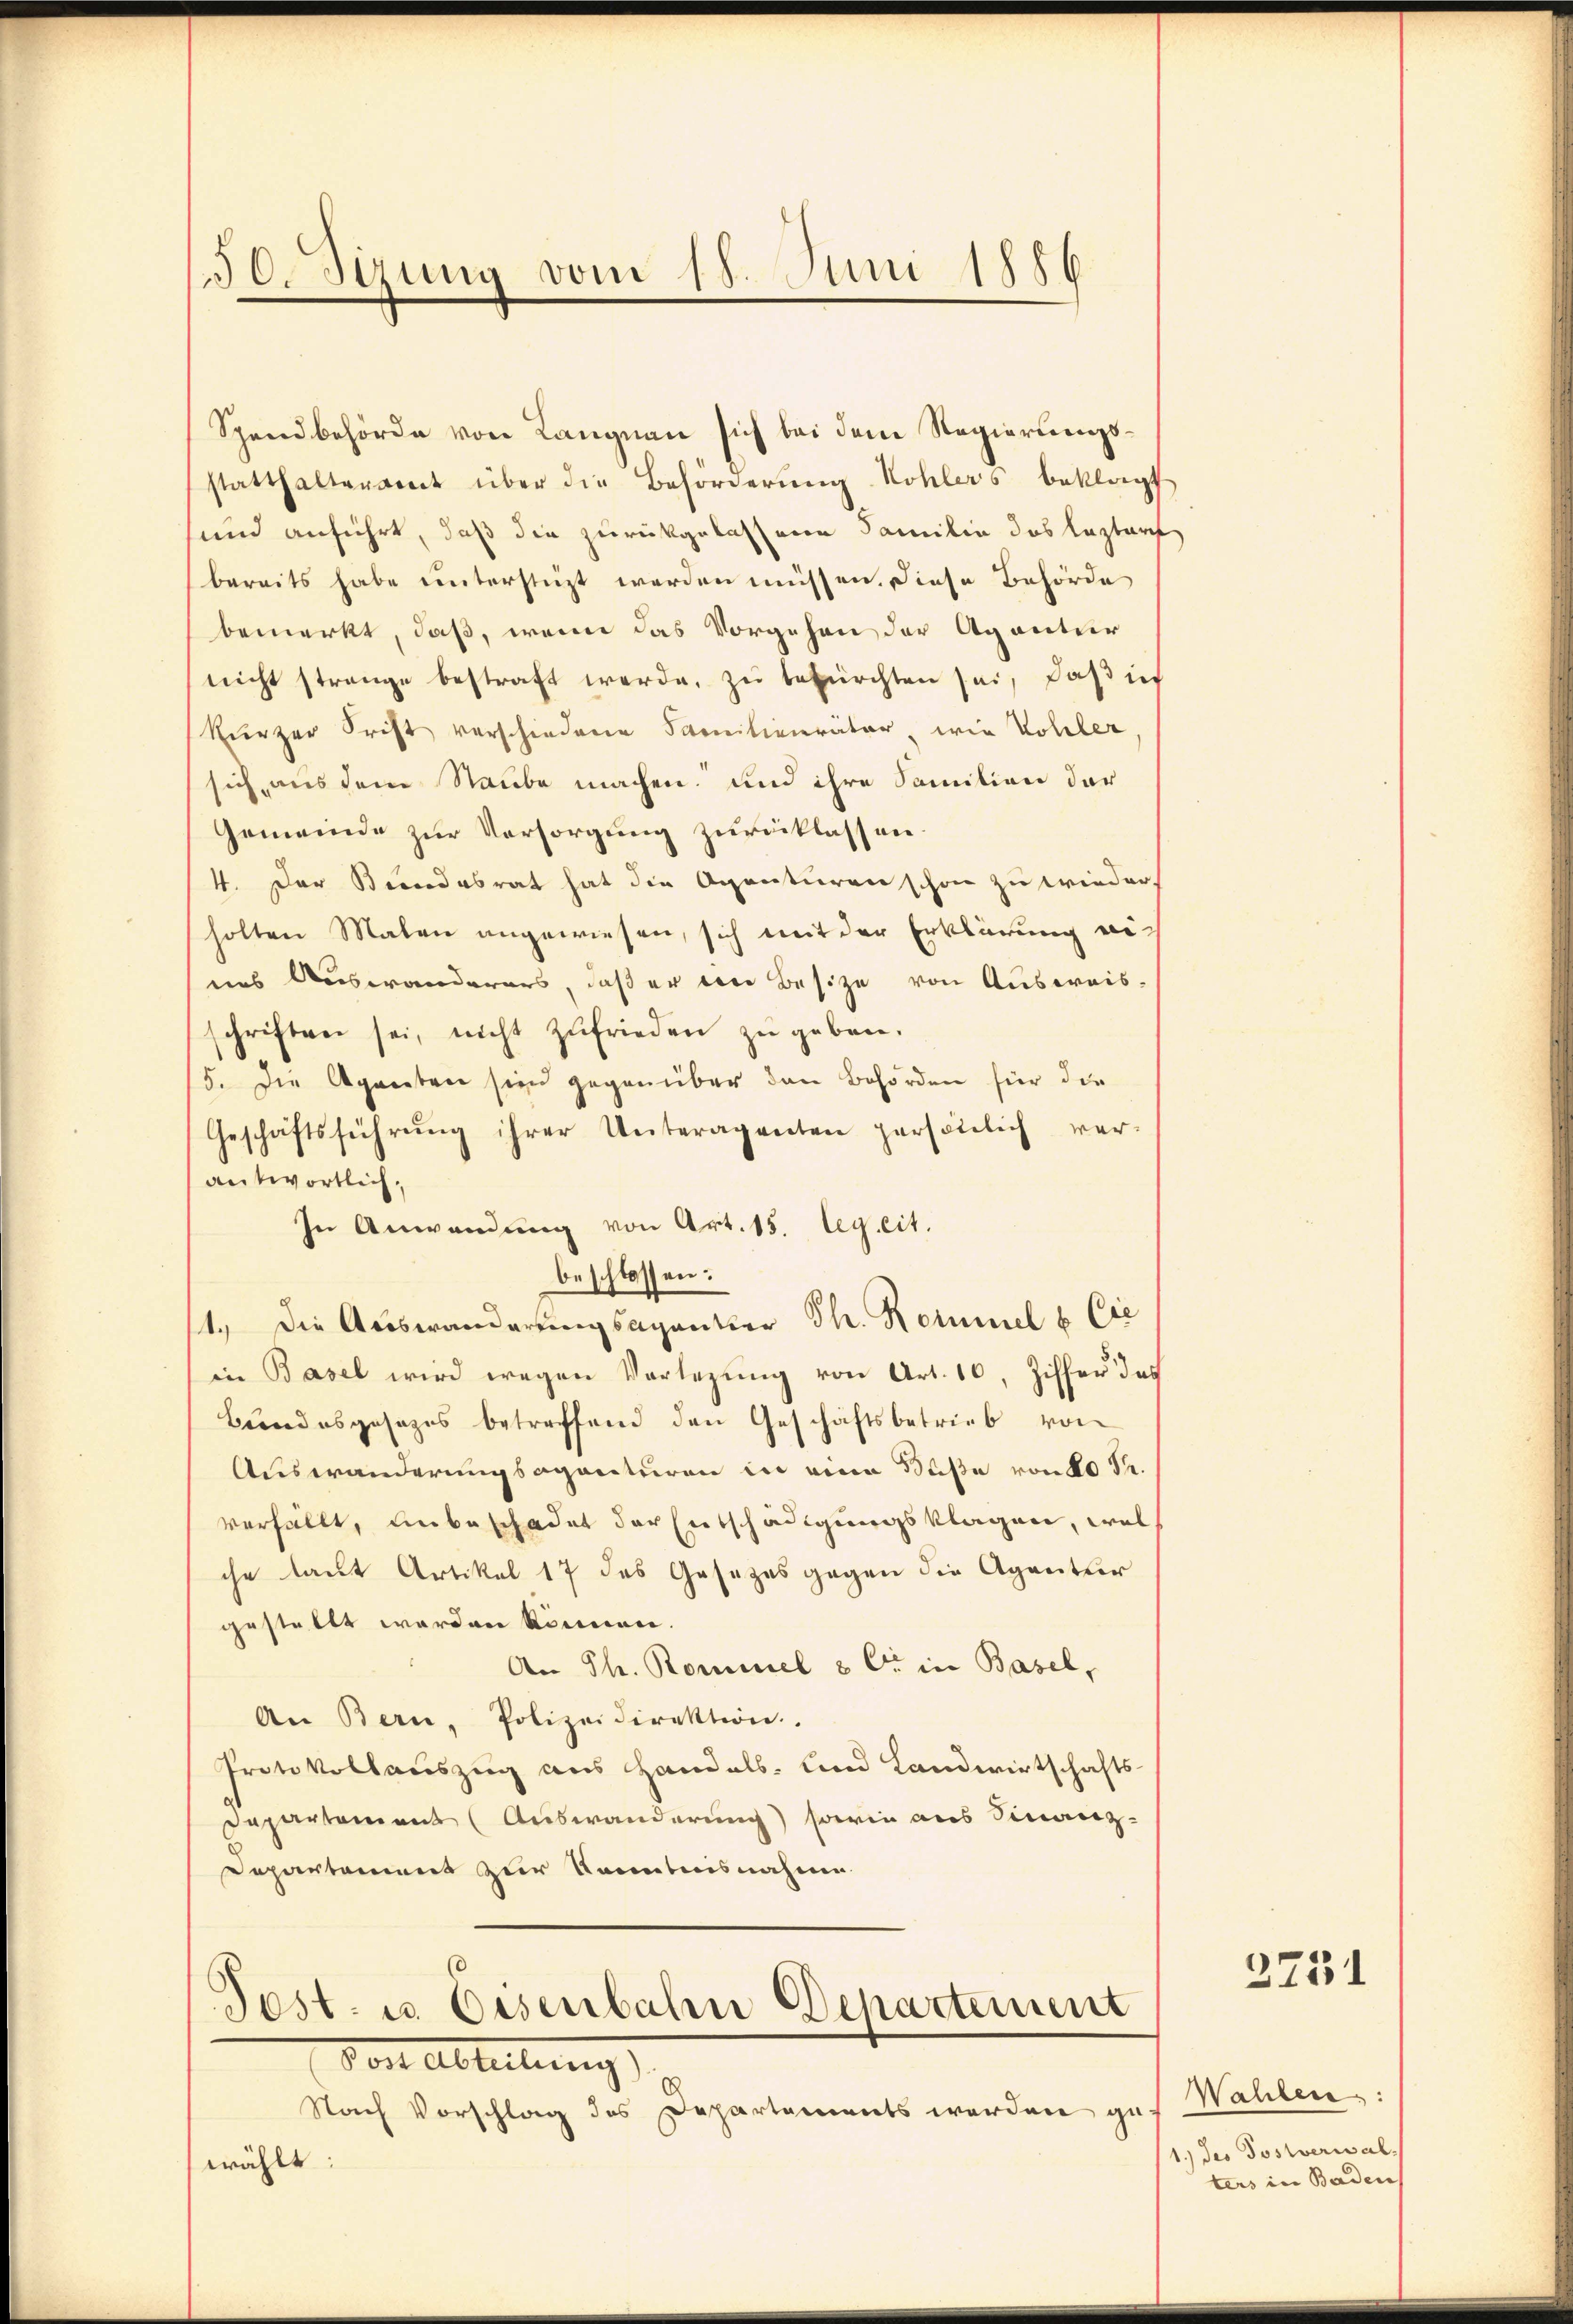
.
50. Sizung vom 15. Juni 1886

Spandbehörde von Langnau sich bei den Regierungsstatthalteramt über die Behörderŭng Kohlers beklagt
sund anführt, daß die zurückgelassene Familie das lezter
bereits habe unterstüzt werden müssen. Diese Behörde
bemerkt, daß, wenn das Vorgehen der Agantier
nicht strenge bestraft werde, zu befürchten sei, daß ic
Kürzer Frist verschiedene Familienväter, wie Voller
sich aus dem Staube machen, und ihre Sanition der
Gemeinde zur Vorsorgung zurücklassen.
4. Der Beendesrat hat die Agenturen schon zu wieder.
holten Malen angewiesen, sich mit der Erklärung eines Auswanderers, daß er die Besize von Ausweis-
schriften sei, nicht zufrieden zŭ geben.
15. Die Agenten sein gegenüber den Behörden für die
Geschäftsführŭng ihrer Unteragenten persönlich ver-
antwortlich,
In Anwendung von Art. 15. leg. cit.
beschlossen:
1.) Die Auswanderungsagantier Th. Kommel & Cie
in Basel wird wegen Vorlegŭng von Art. 10, Ziffer das
Bundesgesezes betreffend den Geschäftsbetrieb von
Auswanderungsaganturen in eine Buße von 20 S.
verfällt, unbeschadet der Entschädigungsklagen, welche laut Artikel 17 des Gesetzes gegen die Agentur
gestellt werden können.
An Ph. Rommel & Cie in Basel,
An Bern, Polizeidirektion.
Protokollauszug aus Handels- und Landwirtschafts-
Dapartement (Auswanderung) sowie aus Sinanz-
Departement zur Kenntnisnahme
Post- u. Eisenbahn Departement
Vor Abteilung
Nach Vorschlag des Departements werden gewählt:

2751

Wahlen:
1.) des Postverwalters in Baden